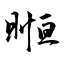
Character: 暅